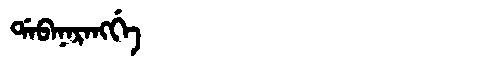
Manchu: ᡩᠠᠪᠠᠨᠠᡵᠠᠩᡤᡝ
Romanization: DABANARANGGE